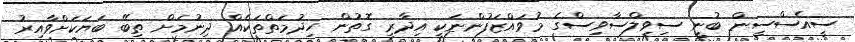
ސީއެސްސީން ބުނީ ސިވިލްސާވިސްގެ މުވައްޒަފުންނަކީ އިދާރީ ގޮތުން ހިދުމަތްތަކެއް ދިނުމަށް ތިބޭ ބަޔަކަށްވާއިރު